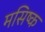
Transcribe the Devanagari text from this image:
मसिष्क